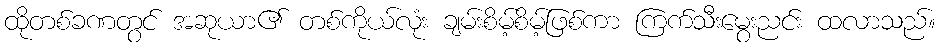
ထိုတစ်ခဏတွင် အဆုယာ၏ တစ်ကိုယ်လုံး ချမ်းစိမ့်စိမ့်ဖြစ်ကာ ကြက်သီးမွေးညင်း ထလာသည်။